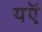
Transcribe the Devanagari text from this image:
यऍ